Indian journal of veterinary science and animal husbandry - Volumes 18-21, 1948-1951
Year: 1948
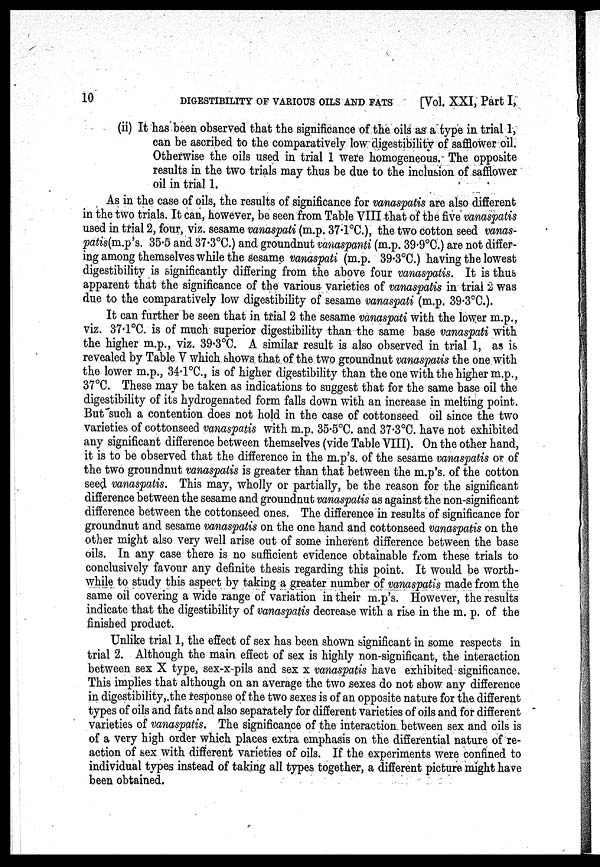
10
DIGESTIBILITY OF VARIOUS OILS AND FATS
[Vol. XXI, Part I,
(ii) It has been observed that the significance of the oils as a type in trial 1,
can be ascribed to the comparatively low digestibility of safflower oil.
Otherwise the oils used in trial 1 were homogeneous. The opposite
results in the two trials may thus be due to the inclusion of safflower
oil in trial 1.
As in the case of oils, the results of significance for vanaspatis are also different
in the two trials. It can, however, be seen from Table VIII that of the five vanaspatis
used in trial 2, four, viz. sesame vanaspati (m.p. 37.1°C.), the two cotton seed vanas-
patis(m.p's. 35.5 and 37.3°C.) and groundnut vanaspanti (m.p. 39.9°C.) are not differ-
ing among themselves while the sesame vanaspati (m.p. 39.3°C.) having the lowest
digestibility is significantly differing from the above four vanaspatis. It is thus
apparent that the significance of the various varieties of vanaspatis in trial 2 was
due to the comparatively low digestibility of sesame vanaspati (m.p. 39.3°C.).
It can further be seen that in trial 2 the sesame vanaspati with the lower m.p.,
viz. 37.1°C. is of much superior digestibility than the same base vanaspati with
the higher m.p., viz. 39.3°C. A similar result is also observed in trial 1, as is
revealed by Table V which shows that of the two groundnut vanaspatis the one with
the lower m.p., 34.1°C., is of higher digestibility than the one with the higher m.p.,
37°C. These may be taken as indications to suggest that for the same base oil the
digestibility of its hydrogenated form falls down with an increase in melting point.
But such a contention does not hold in the case of cottonseed oil since the two
varieties of cottonseed vanaspatis with m.p. 35.5°C. and 37.3°C. have not exhibited
any significant difference between themselves (vide Table VIII). On the other hand,
it is to be observed that the difference in the m.p's. of the sesame vanaspatis or of
the two groundnut vanaspatis is greater than that between the m.p's. of the cotton
seed vanaspatis. This may, wholly or partially, be the reason for the significant
difference between the sesame and groundnut vanaspatis as against the non-significant
difference between the cottonseed ones. The difference in results of significance for
groundnut and sesame vanaspatis on the one hand and cottonseed vanaspatis on the
other might also very well arise out of some inherent difference between the base
oils. In any case there is no sufficient evidence obtainable from these trials to
conclusively favour any definite thesis regarding this point. It would be worth-
while to study this aspect by taking a greater number of vanaspatis made from the
same oil covering a wide range of variation in their m.p's. However, the results
indicate that the digestibility of vanaspatis decrease with a rise in the m. p. of the
finished product.
Unlike trial 1, the effect of sex has been shown significant in some respects in
trial 2. Although the main effect of sex is highly non-significant, the interaction
between sex X type, sex-x-pils and sex x vanaspatis have exhibited significance.
This implies that although on an average the two sexes do not show any difference
in digestibility, the response of the two sexes is of an opposite nature for the different
types of oils and fats and also separately for different varieties of oils and for different
varieties of vanaspatis. The significance of the interaction between sex and oils is
of a very high order which places extra emphasis on the differential nature of re-
action of sex with different varieties of oils. If the experiments were confined to
individual types instead of taking all types together, a different picture might have
been obtained.